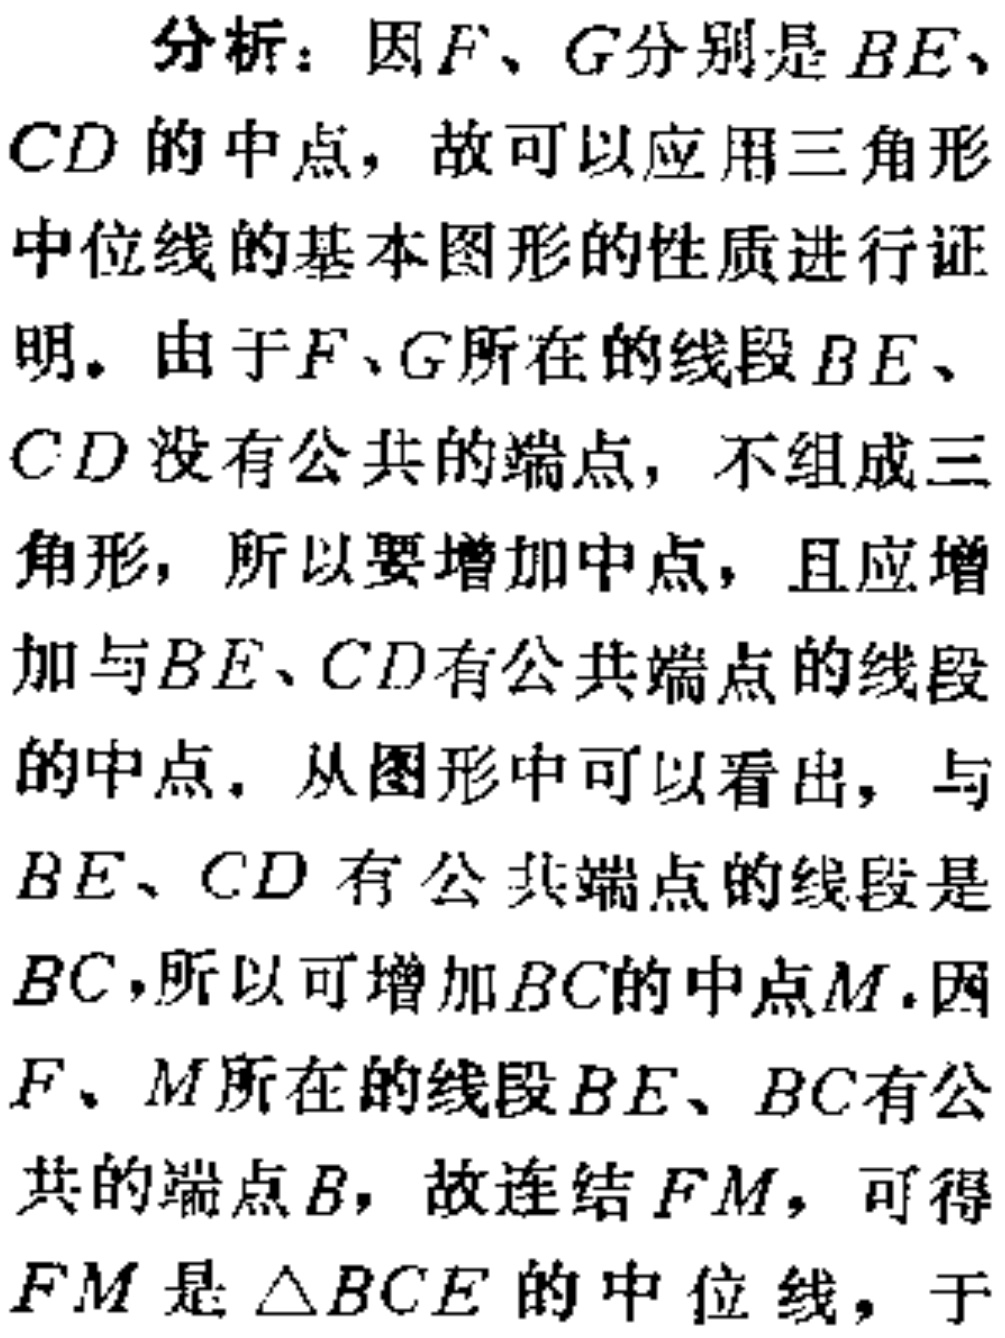
分析：因\(F\)、\(G\)分别是\(BE\)、\(CD\)的中点，故可以应用三角形中位线的基本图形的性质进行证明。由于\(F\)、\(G\)所在的线段\(BE\)、\(CD\)没有公共的端点，不组成三角形，所以要增加中点，且应增加与\(BE\)、\(CD\)有公共端点的线段的中点。从图形中可以看出，与\(BE\)、\(CD\)有公共端点的线段是\(BC\)，所以可增加\(BC\)的中点\(M\)。因\(F\)、\(M\)所在的线段\(BE\)、\(BC\)有公共的端点\(B\)，故连结\(FM\)，可得\(FM\)是\(\triangle BCE\)的中位线，于